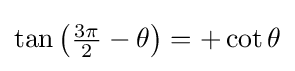
\tan \left({\tfrac {3\pi }{2}}-\theta \right)=+\cot \theta